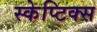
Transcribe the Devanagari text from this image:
स्केप्टिक्स